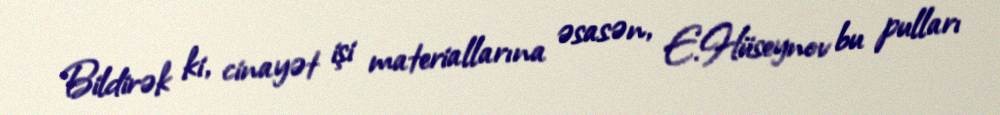
Bildirək ki, cinayət işi materiallarına əsasən, E.Hüseynov bu pulları